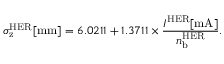
\sigma _ { \mathrm { z } } ^ { \mathrm { H E R } } [ \mathrm { m m } ] = 6 . 0 2 1 1 + 1 . 3 7 1 1 \times \frac { I ^ { \mathrm { H E R } } [ \mathrm { m A } ] } { n _ { \mathrm { b } } ^ { \mathrm { H E R } } } .